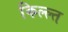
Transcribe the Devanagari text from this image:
किल्ल्त